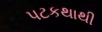
પટકથાથી